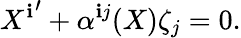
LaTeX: {X^{\mathbf{i}}}^{\prime}+\alpha^{\mathbf{i}j}(X)\zeta_{j}=0.